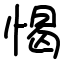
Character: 愒